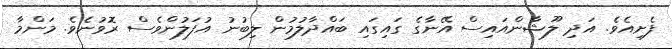
ފެށިއެވެ. އަދި ލޫޝާންއައިސް އޭނާގެ ގައިގައި ބައްދާލުމުން ލިބުނު އުފަލުންވެސް ރޮވުނެވެ. މަންމާ